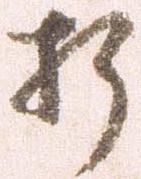
折